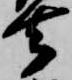
去